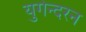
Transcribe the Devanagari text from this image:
युगेन्दरन